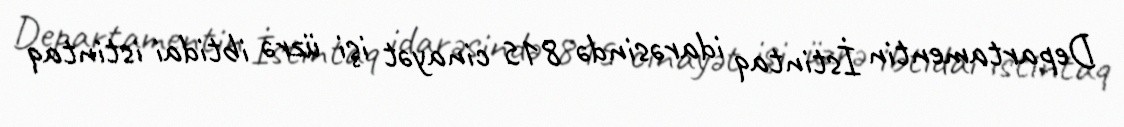
Departamentin İstintaq idarəsində 815 cinayət işi üzrə ibtidai istintaq